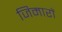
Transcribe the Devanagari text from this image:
जिमारों